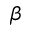
\beta